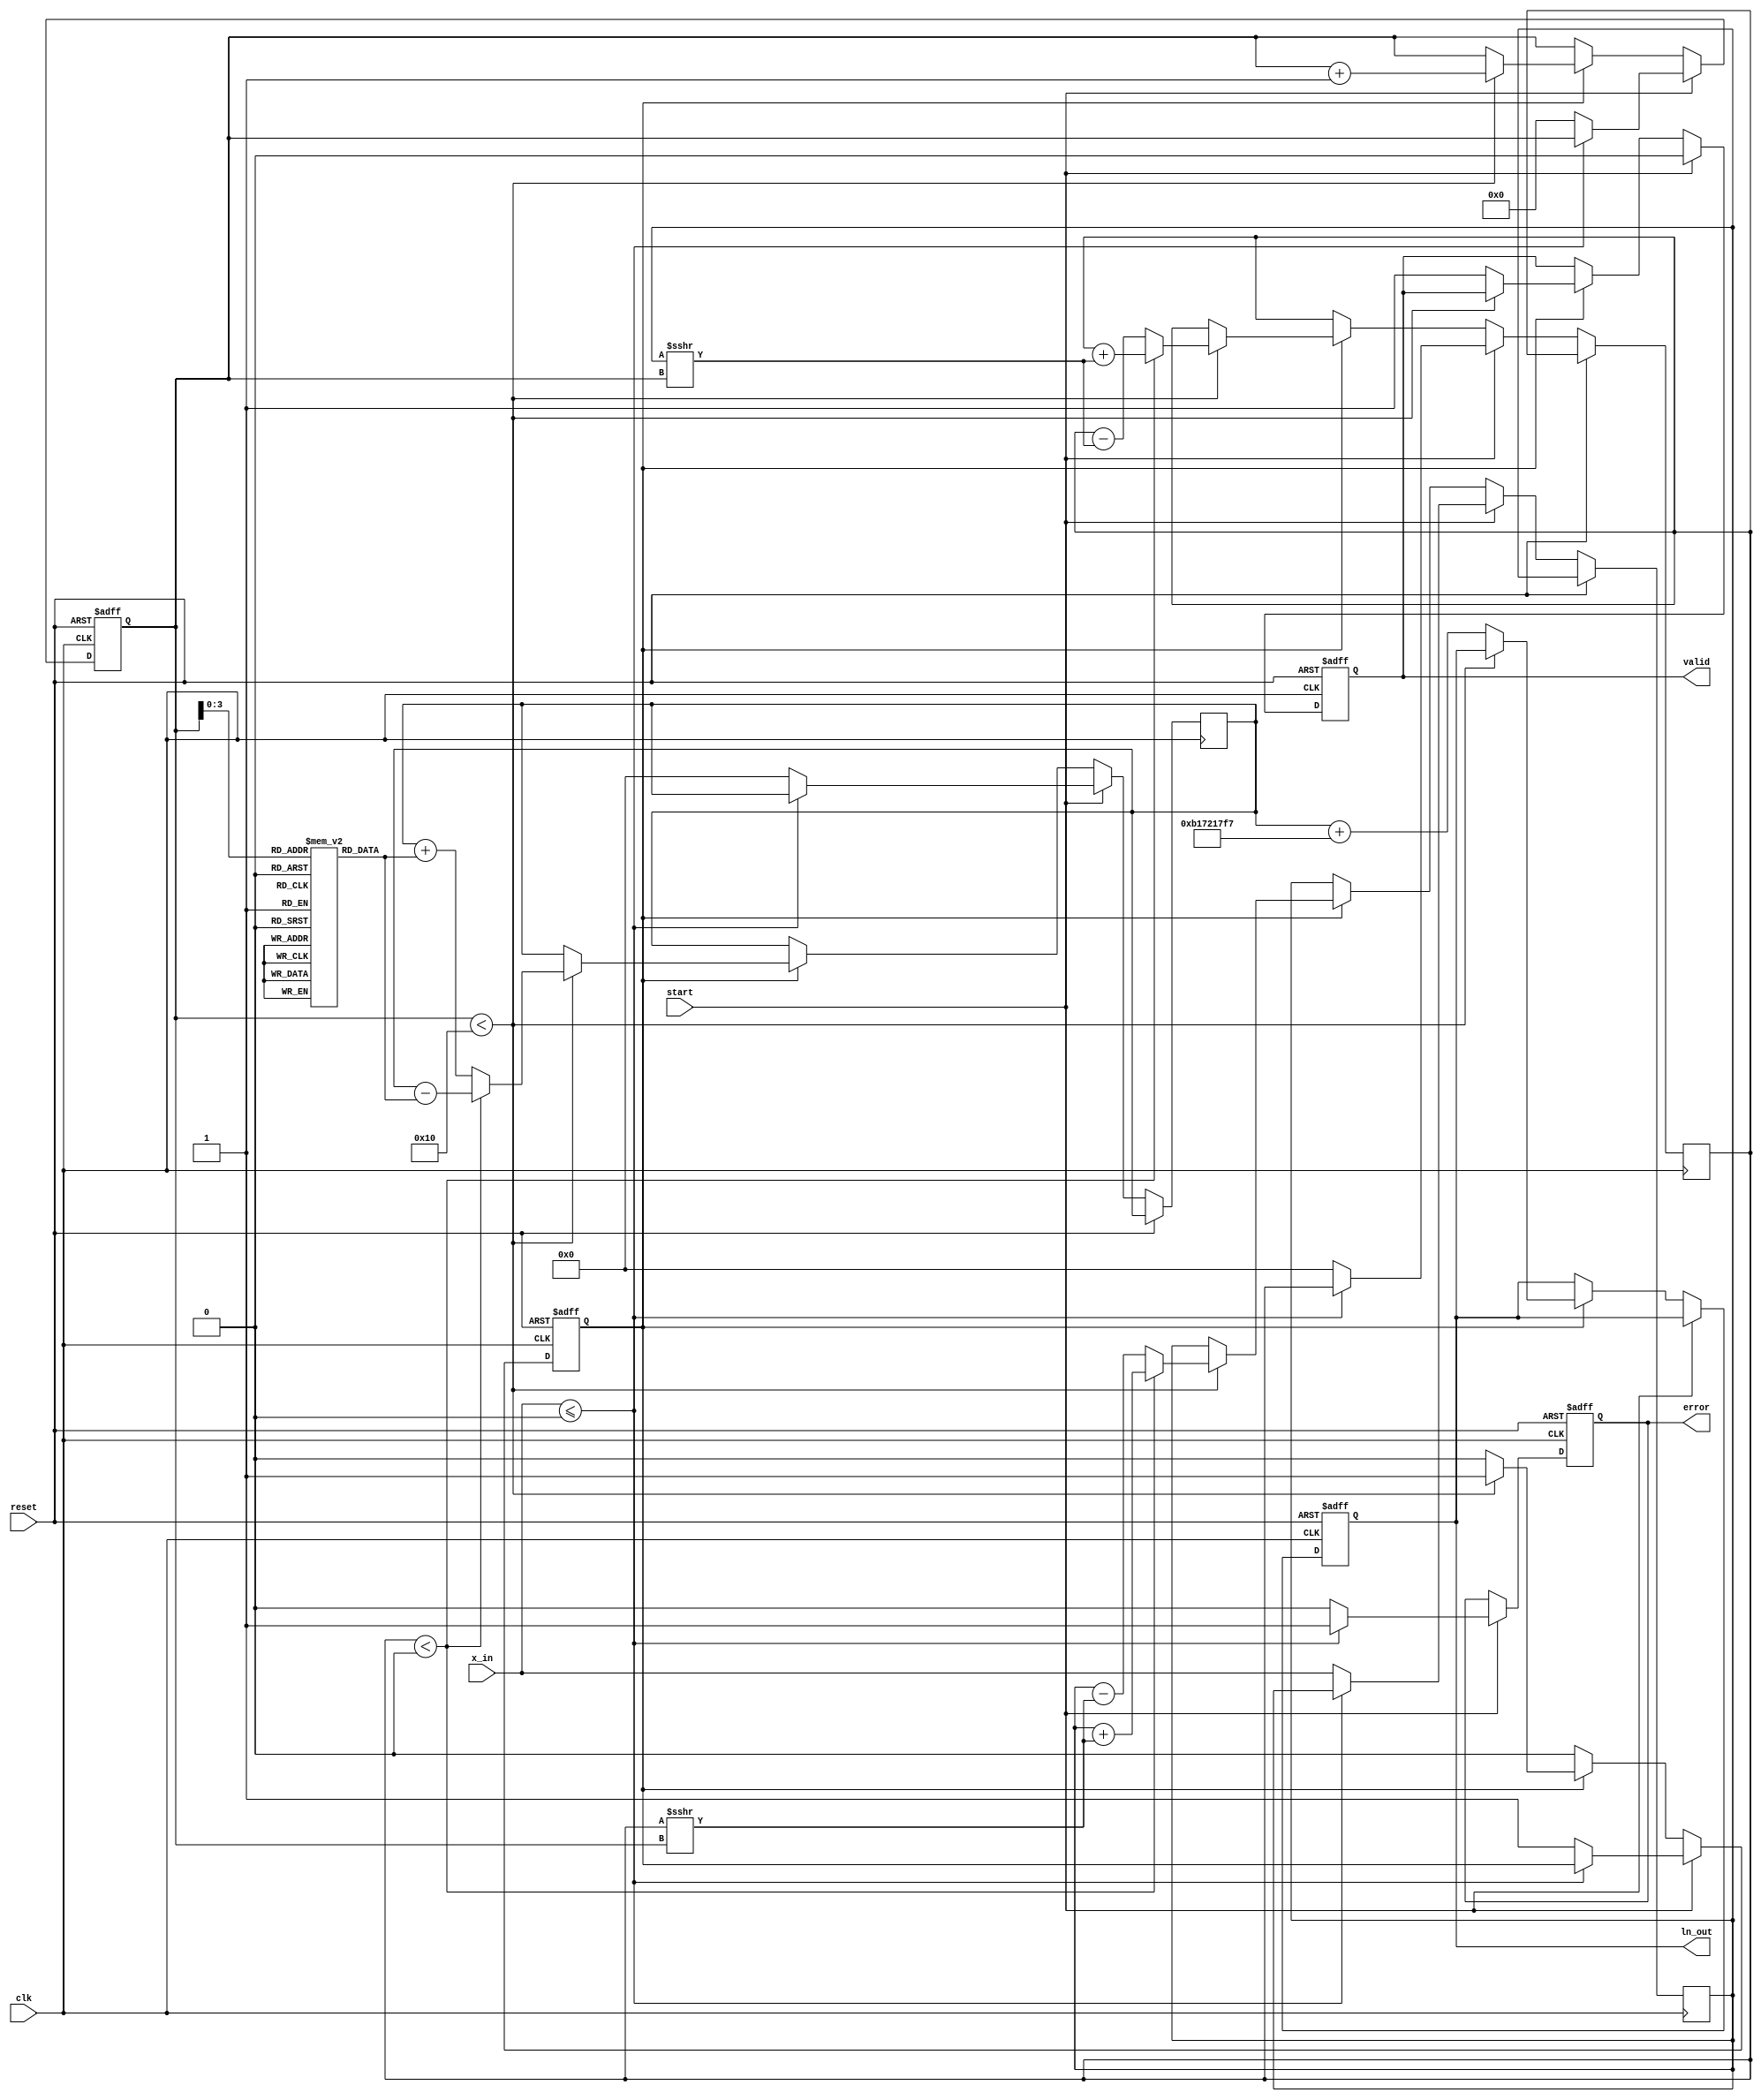
module cordic_logarithm (
    input wire clk,
    input wire reset,
    input wire start,
    input wire [31:0] x_in, // Input value (fixed-point representation)
    output reg [31:0] ln_out, // Output logarithm result
    output reg valid, // Output valid signal
    output reg error // Error signal for invalid inputs
);

    // Parameters
    parameter NUM_ITERATIONS = 16; // Number of CORDIC iterations
    parameter CORDIC_SCALE = 32'hB17217F7; // Scaling factor (approx. 0.607)

    // Internal signals
    reg [31:0] x; // X coordinate
    reg [31:0] y; // Y coordinate
    reg [31:0] z; // Angle accumulator
    reg [4:0] iteration; // Iteration counter
    reg [31:0] angle_table [0:NUM_ITERATIONS-1]; // Arctangent lookup table
    reg computing; // State to indicate if computation is in progress

    // Initialize angle table for CORDIC
    initial begin
        angle_table[0] = 32'h00000000; // atan(0)
        angle_table[1] = 32'h3F19999A; // atan(1/2^1)
        angle_table[2] = 32'h3E4CCCCD; // atan(1/2^2)
        angle_table[3] = 32'h3D5A827A; // atan(1/2^3)
        angle_table[4] = 32'h3C91A626; // atan(1/2^4)
        angle_table[5] = 32'h3BCB6DB6; // atan(1/2^5)
        angle_table[6] = 32'h3B2D72E5; // atan(1/2^6)
        angle_table[7] = 32'h3A8D9D7C; // atan(1/2^7)
        angle_table[8] = 32'h39F24D9A; // atan(1/2^8)
        angle_table[9] = 32'h393A3C8C; // atan(1/2^9)
        angle_table[10] = 32'h38A3D70A; // atan(1/2^10)
        angle_table[11] = 32'h382D7B9A; // atan(1/2^11)
        angle_table[12] = 32'h37B9B0B4; // atan(1/2^12)
        angle_table[13] = 32'h374A7B9A; // atan(1/2^13)
        angle_table[14] = 32'h36E1B6D4; // atan(1/2^14)
        angle_table[15] = 32'h3681D4D4; // atan(1/2^15)
    end

    // State machine for CORDIC computation
    always @(posedge clk or posedge reset) begin
        if (reset) begin
            ln_out <= 32'b0;
            valid <= 1'b0;
            error <= 1'b0;
            computing <= 1'b0;
            iteration <= 5'b0;
        end else if (start) begin
            if (x_in <= 32'b0) begin
                error <= 1'b1; // Invalid input
                valid <= 1'b0;
            end else begin
                error <= 1'b0; // Valid input
                valid <= 1'b0;
                x <= x_in; // Initialize x with input
                y <= 32'b0; // Initialize y
                z <= 32'b0; // Initialize angle accumulator
                computing <= 1'b1; // Start computing
                iteration <= 5'b0; // Reset iteration counter
            end
        end else if (computing) begin
            if (iteration < NUM_ITERATIONS) begin
                // CORDIC rotation logic
                if (y < 0) begin
                    // Rotate clockwise
                    x <= x + (y >>> iteration);
                    y <= y + (x >>> iteration);
                    z <= z - angle_table[iteration];
                end else begin
                    // Rotate counterclockwise
                    x <= x - (y >>> iteration);
                    y <= y - (x >>> iteration);
                    z <= z + angle_table[iteration];
                end
                iteration <= iteration + 1; // Increment iteration
            end else begin
                // Finalize output
                ln_out <= z + CORDIC_SCALE; // Adjust for scaling
                valid <= 1'b1; // Output is valid
                computing <= 1'b0; // Stop computing
            end
        end
    end

endmodule